Annual administration report of the Civil Veterinary Department of India - 1893-1894
Year: 1893
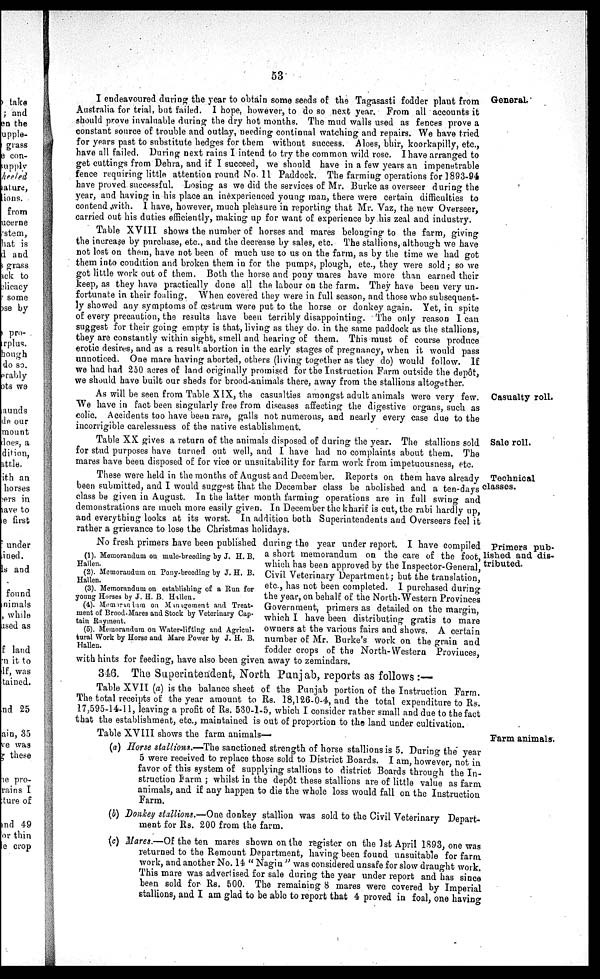
53
General.
I endeavoured during the year to obtain some seeds of the Tagasasti fodder plant from
Australia for trial, but failed. I hope, however, to do so next year. From all accounts it
should prove invaluable during the dry hot months. The mud walls used as fences prove a
constant source of trouble and outlay, needing continual watching and repairs. We have tried
for years past to substitute hedges for them without success. Aloes, bhir, koorkapilly, etc.,
have all failed. During next rains I intend to try the common wild rose. I have arranged to
get cuttings from Dehra, and if I succeed, we should have in a few years an impenetrable
fence requiring little attention round No 11 Paddock. The farming operations for 1893-94
have proved successful. Losing as we did the services of Mr. Burke as overseer during the
year, and having in his place an inexperienced young man, there were certain difficulties to
contend with. I have, however, much pleasure in reporting that Mr. Vaz, the new Overseer,
carried out his duties efficiently, making up for want of experience by his zeal and industry.
Table XVIII shows the number of horses and mares belonging to the farm, giving
the increase by purchase, etc., and the decrease by sales, etc. The stallions, although we have
not lost on them, have not been of much use to us on the farm, as by the time we had got
them into condition and broken them in for the pumps, plough, etc., they were sold; so we
got little work out of them. Both the horse and pony mares have more than earned their
keep, as they have practically done all the labour on the farm. They have been very un-
fortunate in their foaling. When covered they were in full season, and those who subsequent-
ly showed any symptoms of œstrum were put to the horse or donkey again. Yet, in spite
of every precaution, the results have been terribly disappointing. The only reason I can
suggest for their going empty is that, living as they do. in the same paddock as the stallions,
they are constantly within sight, smell and hearing of them. This must of course produce
erotic desires, and as a result abortion in the early stages of pregnancy, when it would pass
unnoticed. One mare having aborted, others (living together as they do) would follow. If
we had had 250 acres of land originally promised for the Instruction Farm outside the depôt,
we should have built our sheds for brood-animals there, away from the stallions altogether.
Casualty roll.
As will be seen from Table XIX, the casualties amongst adult animals were very few.
We have in fact been singularly free from diseases affecting the digestive organs, such as
colic. Accidents too have been rare, galls not numerous, and nearly every case due to the
incorrigible carelessness of the native establishment.
Sale roll.
Table XX gives a return of the animals disposed of during the year. The stallions sold
for stud purposes have turned out well, and I have had no complaints about them. The
mares have been disposed of for vice or unsuitability for farm work from impetuousness, etc.
Technical
classes.
These were held in the months of August and December. Reports on them have already
been submitted, and I would suggest that the December class be abolished and a ten-days
class be given in August. In the latter month farming operations are in full swing and
demonstrations are much more easily given. In December the kharif is cut, the rabi hardly up,
and everything looks at its worst. In addition both Superintendents and Overseers feel it
rather a grievance to lose the Christmas holidays.
Primers pub-
lished and dis-
tributed.
(1). Memorandum on mule-breeding by J. H. B.
Hallen.
(2). Memorandum on Pony-breeding by J. H. B.
Hallen.
(3). Memorandum on establishing of a Run for
young Horses by J. H. B. Hallen.
(4). Memorandum on Management and Treat-
ment of Brood-Mares and Stock by Veterinary Cap-
tain Rayment.
(5). Memorandum on Water-lifting and Agricul-
tural Work by Horse and Mare Power by J. H. B.
Hallen.
No fresh primers have been published during the year under report. I have compiled
a short memorandum on the care of the foot,
which has been approved by the Inspector-General,
Civil Veterinary Department; but the translation,
etc., has not been completed. I purchased during
the year, on behalf of the North-Western Provinces
Government, primers as detailed on the margin,
which I have been distributing gratis to mare
owners at the various fairs and shows. A certain
number of Mr. Burke's work on the grain and
fodder crops of the North-Western Provinces,
with hints for feeding, have also been given away to zemindars.
346. The Superintendent, North Punjab, reports as follows:—
Table XVII (a) is the balance sheet of the Punjab portion of the Instruction Farm.
The total receipts of the year amount to Rs. 18,126-0-4, and the total expenditure to Rs.
17,595-14-11, leaving a profit of Rs. 530-1-5, which I consider rather small and due to the fact
that the establishment, etc., maintained is out of proportion to the land under cultivation.
Farm animals.
Table XVIII shows the farm animals—
(a) Horse stallions.—The sanctioned strength of horse stallions is 5. During the year
5 were received to replace those sold to District Boards. I am, however, not in
favor of this system of supplying stallions to district Boards through the In-
struction Farm; whilst in the depôt these stallions are of little value as farm
animals, and if any happen to die the whole loss would fall on the Instruction
Farm.
(b) Donkey stallions.—One donkey stallion was sold to the Civil Veterinary Depart-
ment for Rs. 200 from the farm.
(c) Mares.—Of the ten mares shown on the register on the 1st April 1893, one was
returned to the Remount Department, having been found unsuitable for farm
work, and another No. 14 "Nagin" was considered unsafe for slow draught work.
This mare was advertised for sale during the year under report and has since
been sold for Rs. 500. The remaining 8 mares were covered by Imperial
stallions, and I am glad to be able to report that 4 proved in foal, one having